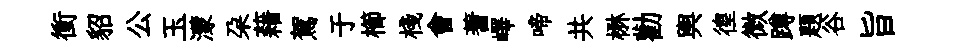
衝貂公玉濛朶藉駕于櫛棧會蓍嶧啼共楙勸輿徨微蹲題谷旨